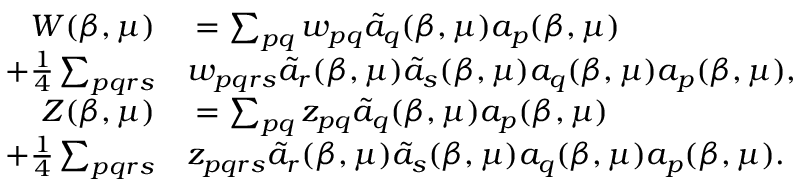
\begin{array} { r l } { W ( \beta , \mu ) } & { { } = \sum _ { p q } w _ { p q } \tilde { a } _ { q } ( \beta , \mu ) a _ { p } ( \beta , \mu ) } \\ { + \frac { 1 } { 4 } \sum _ { p q r s } } & { { } w _ { p q r s } \tilde { a } _ { r } ( \beta , \mu ) \tilde { a } _ { s } ( \beta , \mu ) a _ { q } ( \beta , \mu ) a _ { p } ( \beta , \mu ) , } \\ { Z ( \beta , \mu ) } & { { } = \sum _ { p q } z _ { p q } \tilde { a } _ { q } ( \beta , \mu ) a _ { p } ( \beta , \mu ) } \\ { + \frac { 1 } { 4 } \sum _ { p q r s } } & { { } z _ { p q r s } \tilde { a } _ { r } ( \beta , \mu ) \tilde { a } _ { s } ( \beta , \mu ) a _ { q } ( \beta , \mu ) a _ { p } ( \beta , \mu ) . } \end{array}